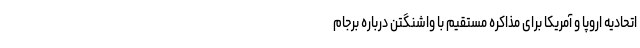
اتحادیه اروپا و آمریکا برای مذاکره مستقیم با واشنگتن درباره برجام